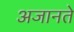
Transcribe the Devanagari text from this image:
अजानते